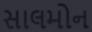
સાલમોન